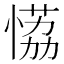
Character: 𰑾